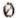
0